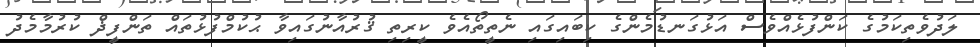
ލަދުވެތިކަމުގެ ކަންފުޅެއްވެސް އަޅުގަނޑުމެންގެ ކިބައިގައި ނެތީތޯއެވެ ކީރިތި ޤުރުއާނުގައިވާ ޙުކުމްފުޅުތައް ތަންފީޛް ކުރުމާމެދު